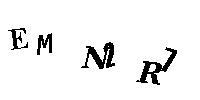
EMN2R7